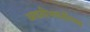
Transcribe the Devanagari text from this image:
अवतीभवतीच्या